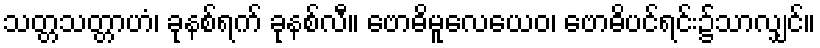
သတ္တသတ္တာဟံ၊ ခုနစ်ရက် ခုနစ်လီ။ ဗောဓိမူလေယေဝ၊ ဗောဓိပင်ရင်း၌သာလျှင်။